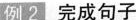
例 2 完成句子